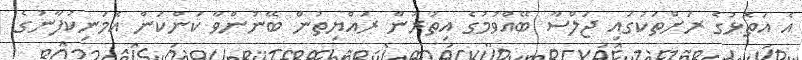
އެ އަތޮޅުގެ ރަށްތަކުގައި ޖަލްސާ ބޭއްވުމުގެ އިތުރުން ރައްޔިތުން ބޭނުންވާ ކަންކަން އެމަނިކުފާނުގެ